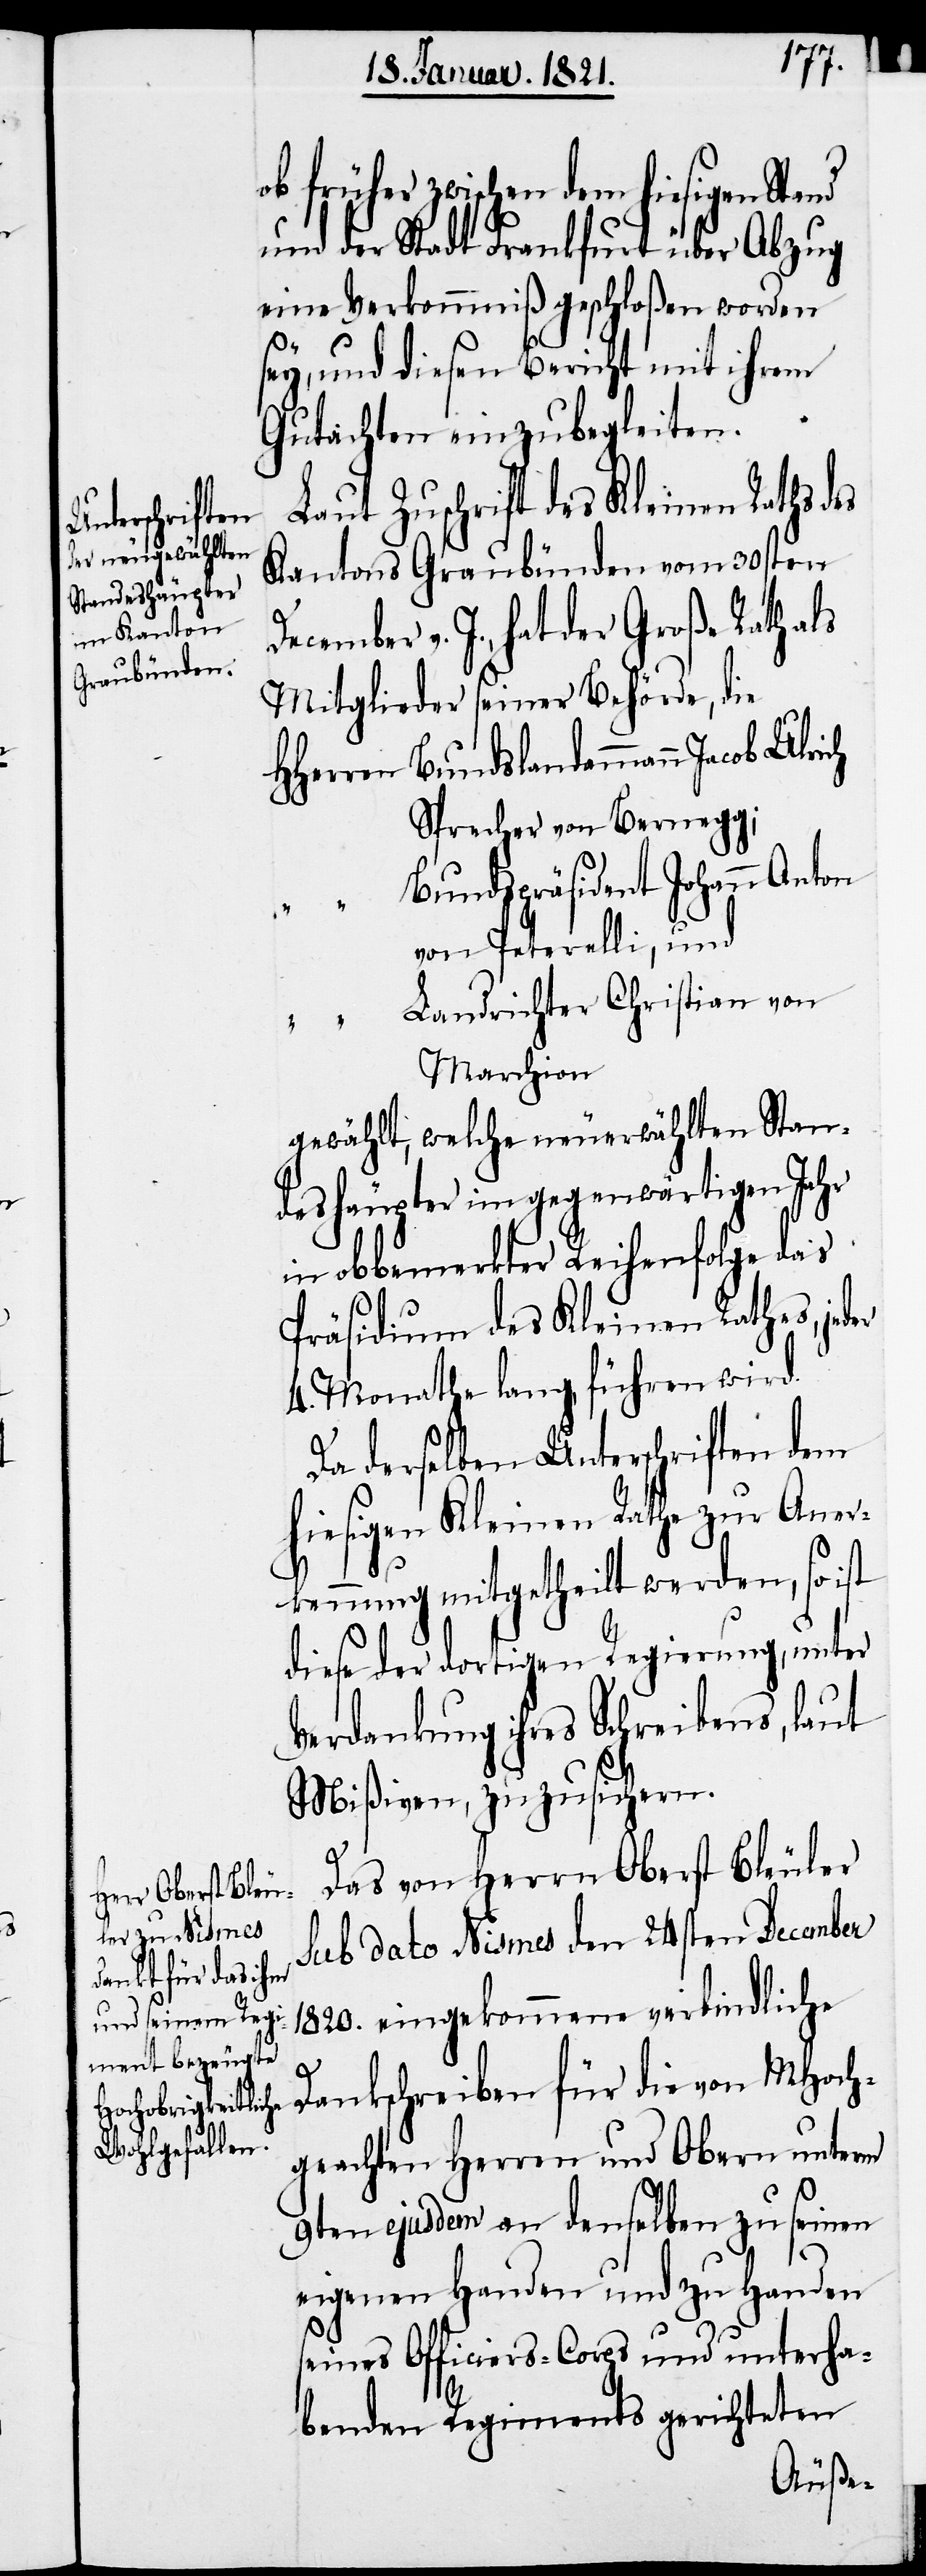
ob früher zwischen dem hiesigen Stand
und der Stadt Frankfurt über Abzug
eine Verkommniß geschloßen worden
sey, und diesen Bericht mit ihrem
Gutachten einzubegleiten.
Laut Zuschrift des Kleinen Raths des
Kantons Graubünden vom 30sten
December v. J., hat der Große Rath als
Mitglieder seiner Behörde, die
HHerren	Bundslandammann Jacob Ulrich
Sprecher von Bernegg;
“	Bundspräsident Johann Anton
von Peterelli, und
“	Landrichter Christian von
Marchion
gewählt, welche neuerwählten Stan¬
deshäupter im gegenwärtigen Jahr
in obbemerkter Reihenfolge das
Präsidium des Kleinen Rathes, jed¬
4. Monathe lang, führen wird.
Da derselben Unterschriften dem
hiesigen Kleinen Rathe zur Aner¬
kennung mitgetheilt werden, so ist
diese der dortigen Regierung, unter
Verdankung ihres Schreibens, laut
Mißiven, zuzusichern.
Das von Herrn Oberst Bleuler
sub dato Nismes den 24sten December
1820. eingekommene verbindliche
Dankschreiben für die von MHoch¬
geachten Herren und Obern unterm
9ten ejusdem an denselben zu seinen
eigenen Handen und zu Handen
seines Officiers-Corps und unterha¬
benden Regiments gerichteten

er